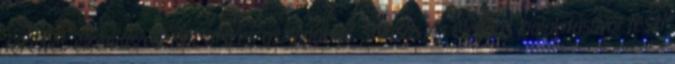
tereivel, elrendezéseivel, díszes oszlopokkal, stílusos és elegáns kialakításával teszi